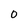
Character: 0